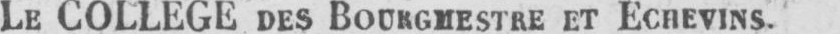
LE COLLEGE DES BOURGMESTRE ET ECHEVINS.